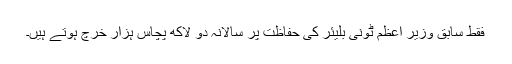
فقط سابق وزیر اعظم ٹونی بلیئر کی حفاظت پر سالانہ دو لاکھ پچاس ہزار خرچ ہوتے ہیں۔